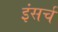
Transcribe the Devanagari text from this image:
इंसर्च